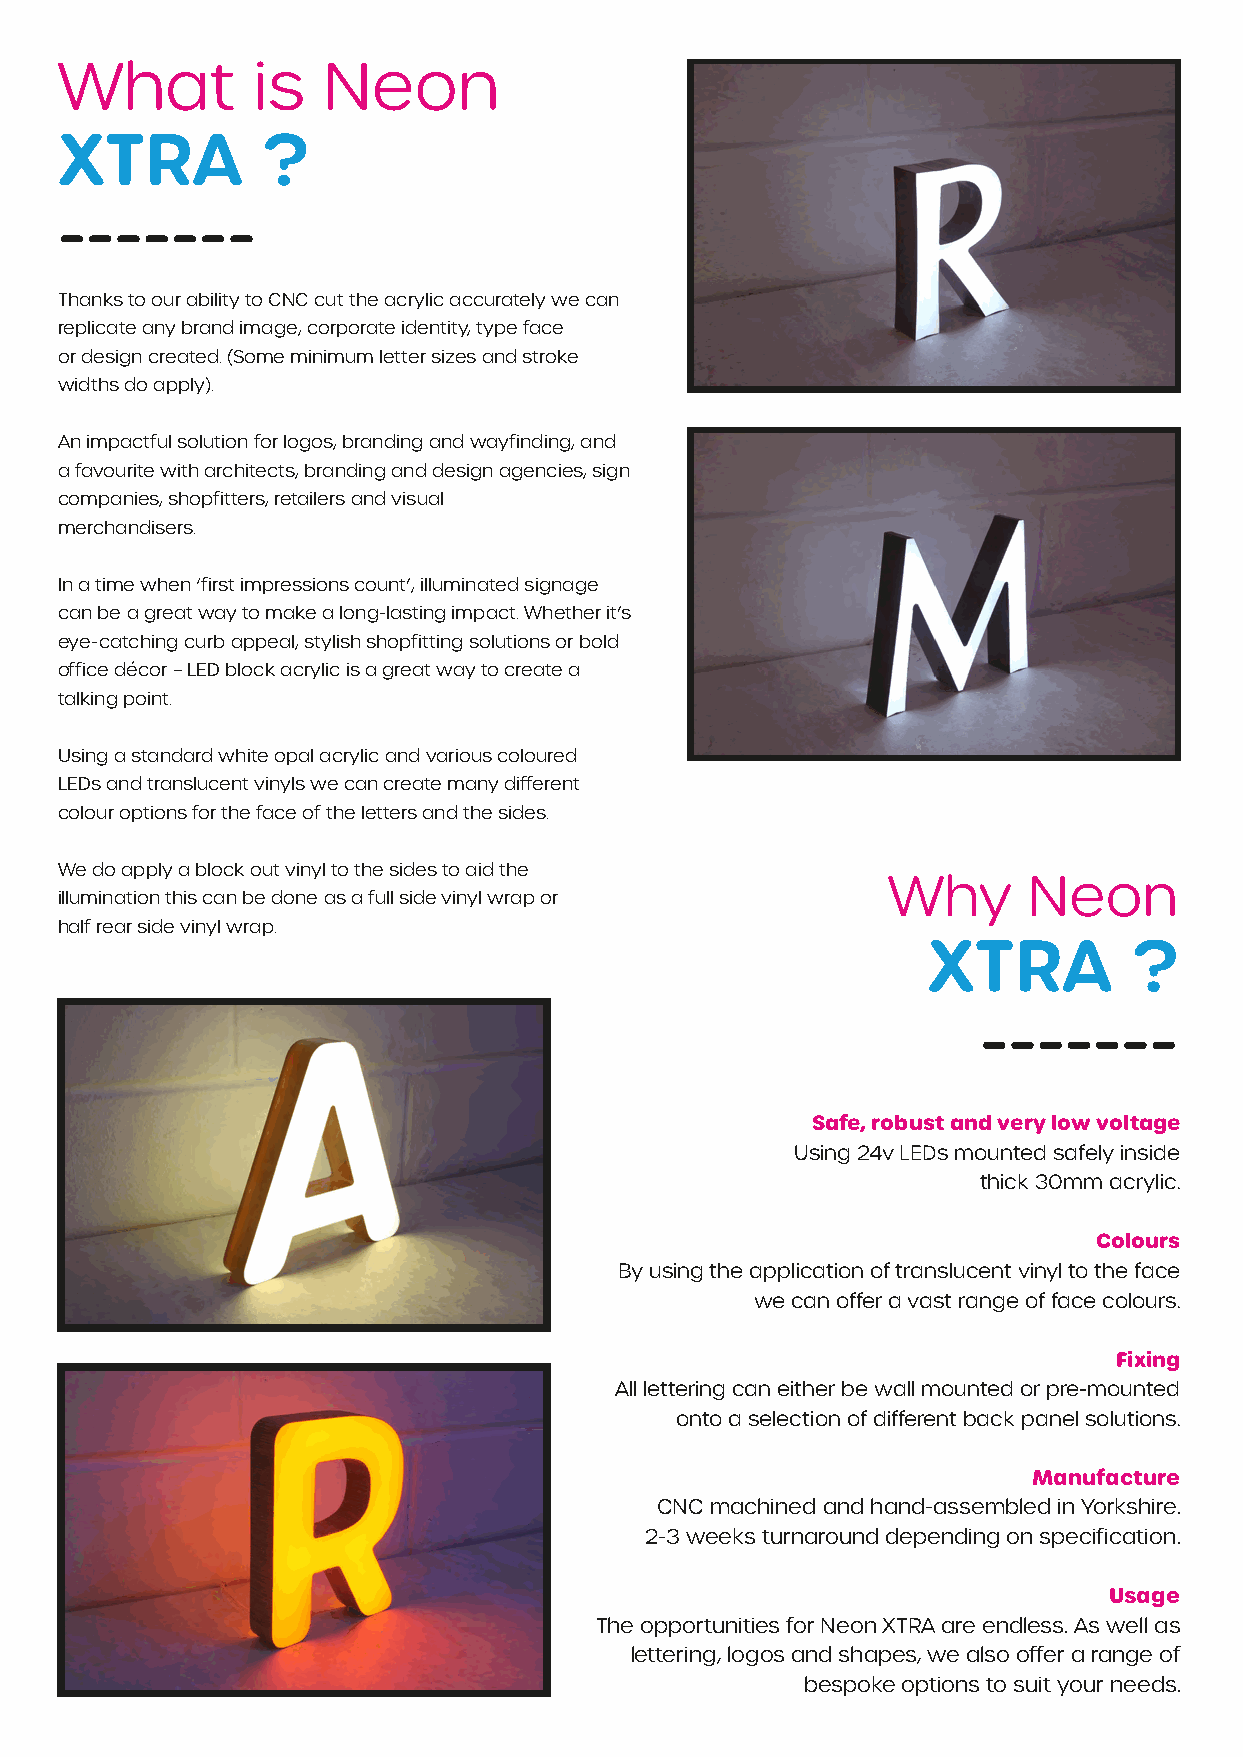
What         is  Neon
 XTRA         ?
 -------
 Thanks to our ability to CNC cut the acrylic accurately we can
 replicate any brand image, corporate identity, type face
 or design created. (Some minimum letter sizes and stroke
 widths do apply).
 An impactful solution for logos, branding and wayfinding, and
 a favourite with architects, branding and design agencies, sign
 companies, shopfitters, retailers and visual
 merchandisers.
 In a time when ‘first impressions count’, illuminated signage
 can be a great way to make a long-lasting impact. Whether it’s
 eye-catching curb appeal, stylish shopfitting solutions or bold
 office décor – LED block acrylic is a great way to create a
 talking point.
 Using a standard white opal acrylic and various coloured
 LEDs and translucent vinyls we can create many different
 colour options for the face of the letters and the sides.
 We do apply a block out vinyl to the sides to aid the
 Why      Neon
 illumination this can be done as a full side vinyl wrap or
 half rear side vinyl wrap.
 XTRA          ?
 -------
 Safe, robust and very low voltage
 Using 24v LEDs mounted safely inside
 thick 30mm acrylic.
 Colours
 By using the application of translucent vinyl to the face
 we can offer a vast range of face colours.
 Fixing
 All lettering can either be wall mounted or pre-mounted
 onto a selection of different back panel solutions.
 Manufacture
 CNC machined and hand-assembled in Yorkshire.
 2-3 weeks turnaround depending on specification.
 Usage
 The opportunities for Neon XTRA are endless. As well as
 lettering, logos and shapes, we also offer a range of
 bespoke options to suit your needs.